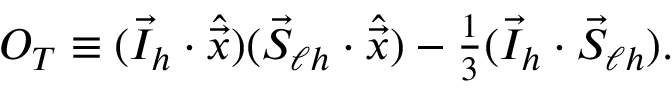
{ \cal O } _ { T } \equiv ( \vec { I } _ { h } \cdot \hat { \vec { x } } ) ( \vec { S } _ { \ell h } \cdot \hat { \vec { x } } ) - \textstyle \frac 1 3 ( \vec { I } _ { h } \cdot \vec { S } _ { \ell h } ) .